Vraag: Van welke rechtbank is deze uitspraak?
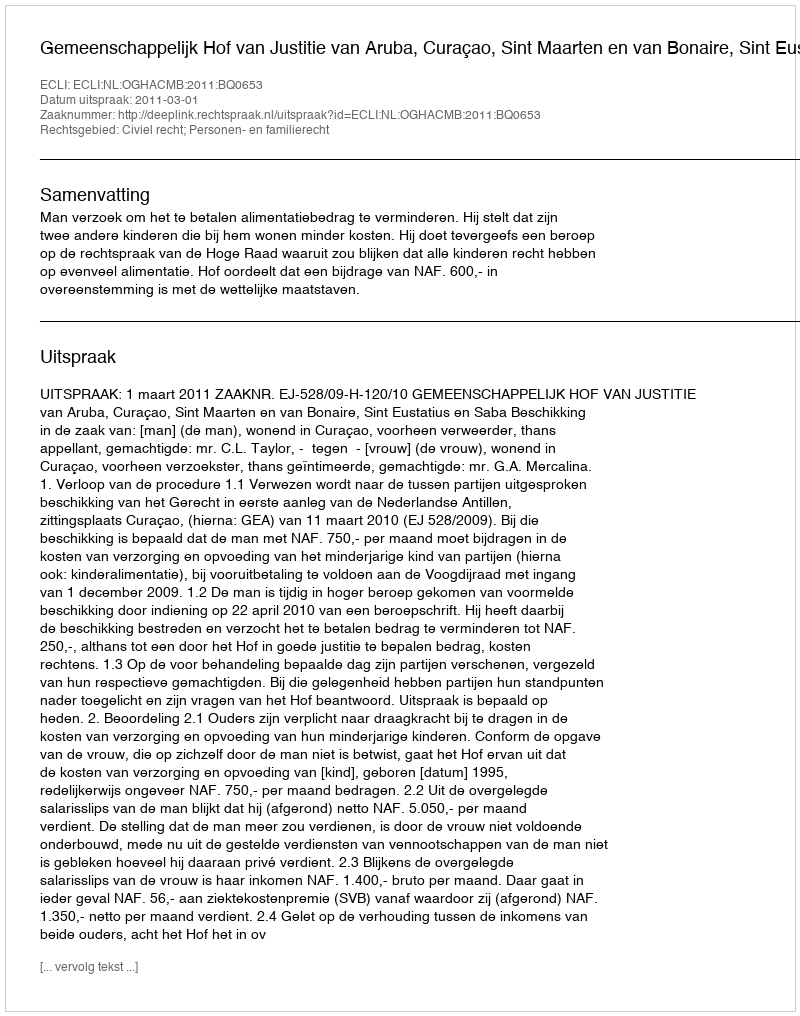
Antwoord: Gemeenschappelijk Hof van Justitie van Aruba, Curaçao, Sint Maarten en van Bonaire, Sint Eustatius en Saba